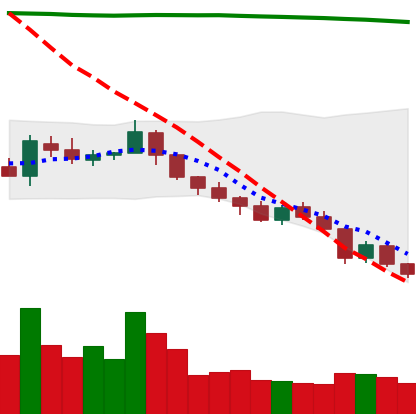
Ticker: TRX-USD
Chart end date: 2018-08-11
Forward return: -13.677%
Label: down_7plus